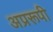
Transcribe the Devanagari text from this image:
अप्ररूपी